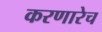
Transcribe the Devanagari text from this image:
करणारेच